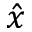
\hat { x }